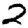
Digit: 2